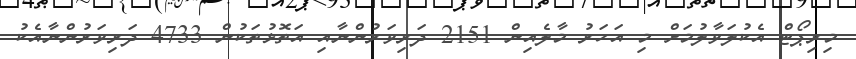
މިރިޕޯޓް އެކުލަވާލުމަށް މި އަހަރު މާލެއިން 2151 ދަރިވަރުންނާއި އަތޮޅުތަކުން 4733 ދަރިވަރުންނާއެކު